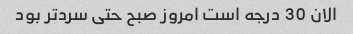
الان 30 درجه است امروز صبح حتی سردتر بود